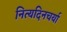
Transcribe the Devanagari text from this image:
नित्यदिनचर्या